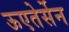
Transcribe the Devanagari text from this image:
ऊएतेर्सेन